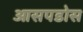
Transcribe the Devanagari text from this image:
आसपडोस